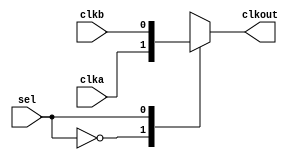
// ********************************************************************/ 
// Microsemi Corporation Proprietary and Confidential
// Copyright 2014 Microsemi Corporation.  All rights reserved.
//
// ANY USE OR REDISTRIBUTION IN PART OR IN WHOLE MUST BE HANDLED IN 
// ACCORDANCE WITH THE MICROSEMI LICENSE AGREEMENT AND MUST BE APPROVED 
// IN ADVANCE IN WRITING.  
//  
//
// SPI Clock Mux.
//
// SVN Revision Information:
// SVN $Revision: 23983 $
// SVN $Date: 2014-11-28 23:42:46 +0530 (Fri, 28 Nov 2014) $
//
// Resolved SARs
// SAR      Date     Who   Description
//
// Notes: 
//
//
// *********************************************************************/ 

module spi_clockmux ( input      sel,
                  input      clka,
                  input      clkb,
                  output reg clkout
                );


 always @(*)
 begin
     case (sel)
         1'b0    : clkout = clka;
         1'b1    : clkout = clkb;
         default : clkout = clka;
     endcase
 end

endmodule